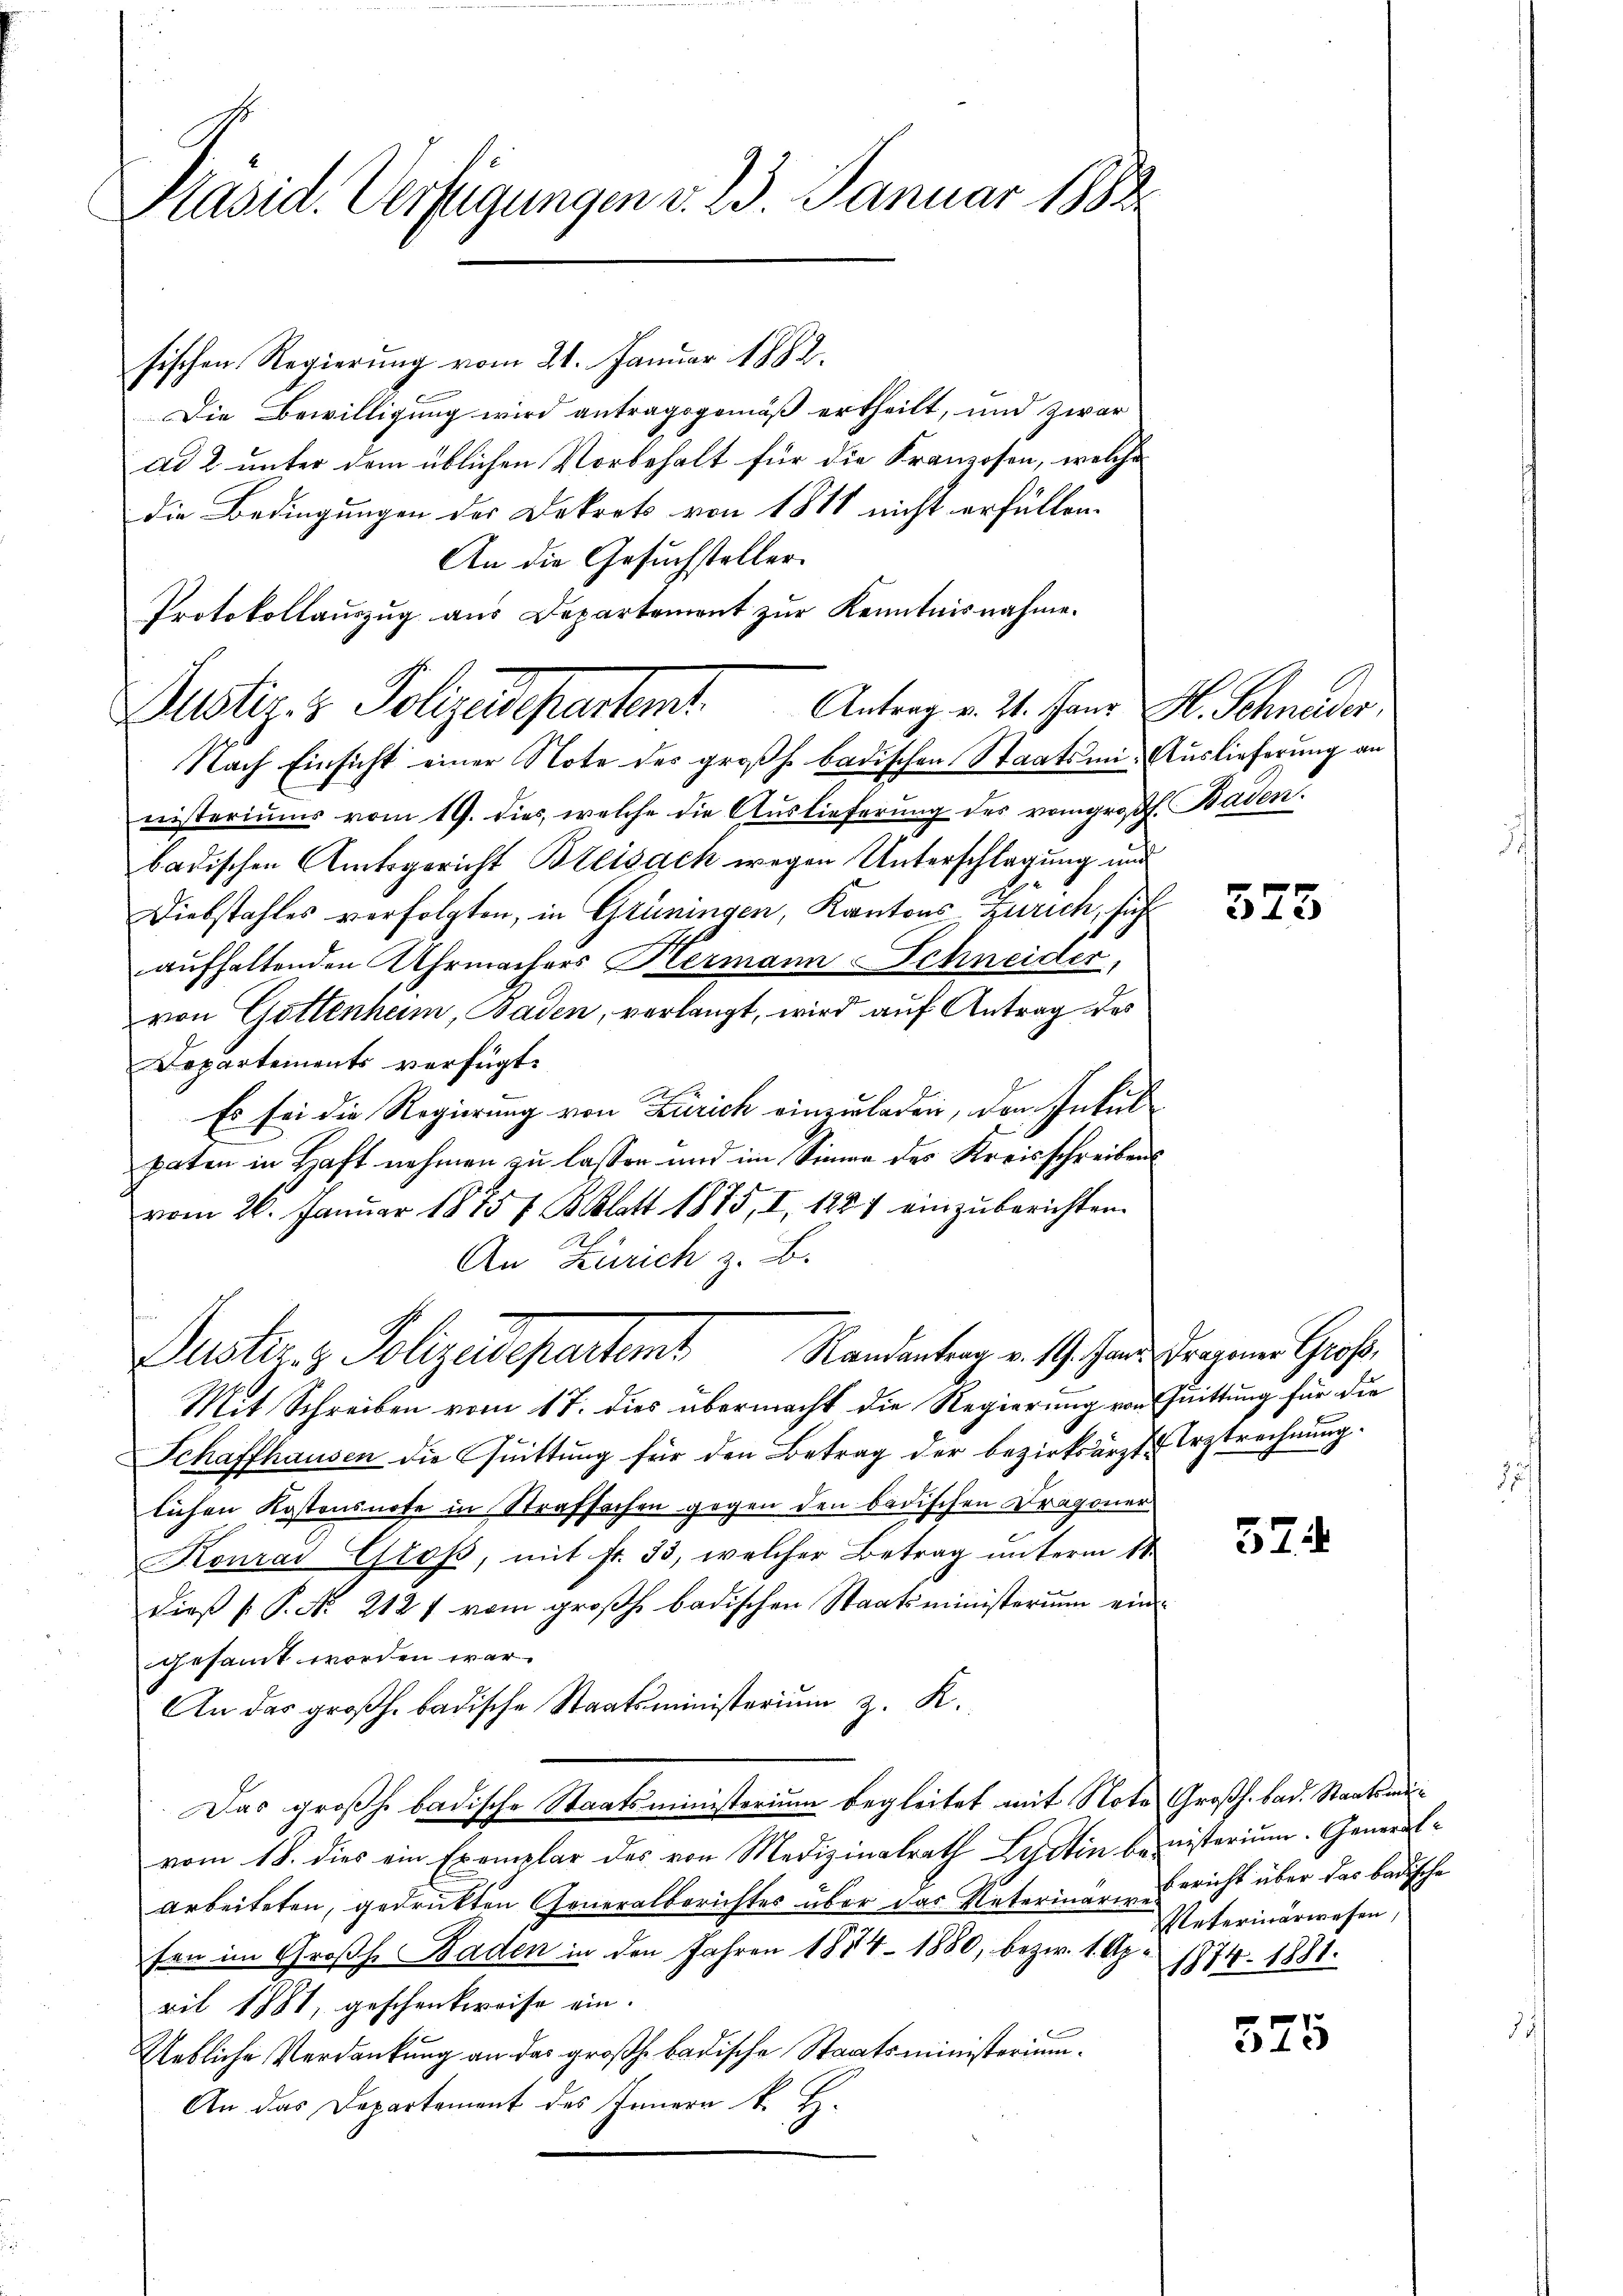
Pasid. Verfügungen v. 23. Januar 1888

sischen Regierung vom 21. Januar 1882.
Die Bewilligung wird antragsgemäß ertheilt, und zwar
ad 2. unter dem üblichen Vorbehalt für die Kranzosen, welche
die Bedingungen der Dekret von 1811 nicht erfüllen.
An die Gesuchsteller.
Protokollauszug aus Departement zur Kenntnisnahme.
Nach Einsicht einer Note des großh. badischen Staatsmi-Auslieferung an
nisteriums vom 19. dies, welche die Auslieferung des vom großh. Baden.
badischen Amtsgericht Breisach wegen Unterschlagung und
Diebstahles verfolgten, in Grüningen, Kantons-Zürich, sicht
aufhaltenden Uhrmachers Hermann Schneider,
von Gottenhum, Baden, verlangt, wird auf Antrag des
Departements verfügt:
Es sei die Regierung von Zürich einzuladen, den Inkul
paten in Haft nehmen zu lassen und im Sinner des Kreisschreibens
vom 26. Januar 1875 Blatt 1875, I, 1887 einzuberichten.
An Zürich z. B.
Justiz & Polizeidepartamt Randantrag v. 9. Janus Fragenes Gross.
Mit Schreiben vom 17. dies übermacht die Regierung von Quittung für die
Schaffhausen die Quittung für den Betrag der bezirksärzte Erstrechnung.
lichen Kostensnote in Strafsachen gegen den badischen Dragoner
Konrad Groß, mit fr. 33, welcher Betrag unterm 11.
Dieß P. Nr. 2121 vom großh. badischen Staatsministerium eingesamt worden war.
An das großh. badische Staatsministerium z. K.
Das großh. badische Staatsministerium begleitet mit Note Großh. bad. Staatsmävom 18. dies ein Exemplar des von Medizinalrath Lustin beinisterium. General-
arbeiteten, gedruckten Generalberichtes über das Vaterinär-Bericht über das badische
fen im Großh. Baden in den Jahren 1884 - 1880, bezw. 1. Ap. 1874. 1881.
ril 1881, geschenkweise ein.
Uebliche Verdankung an das großh. badische Staatsministerium.
An das Departement des Innern k. H.

Justiz- & Polizeidepartem Antrag v. 24. Jann S. Schnöder,

573

574

Veterinarwesen,

375